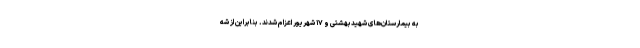
به بیمارستان‌های شهیدبهشتی و ۱۷ شهریور اعزام شدند. بنابراین از شه